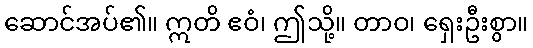
ဆောင်အပ်၏။ ဣတိ ဧဝံ၊ ဤသို့။ တာဝ၊ ရှေးဦးစွာ။